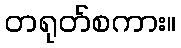
တရုတ်စကား။